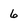
Character: 6